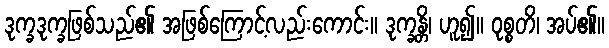
ဒုက္ခဒုက္ခဖြစ်သည်၏ အဖြစ်ကြောင့်လည်းကောင်း။ ဒုက္ခန္တိ၊ ဟူ၍။ ဝုစ္စတိ၊ အပ်၏။